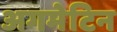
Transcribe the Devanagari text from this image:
अगमेटिन